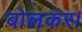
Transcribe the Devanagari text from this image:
बोलकर।